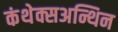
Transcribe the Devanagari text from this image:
कंथेक्सअन्थिन